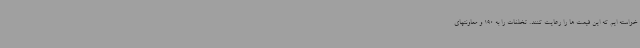
خواسته ایم که این قیمت ها را رعایت کنند. تخلفات را به 190 و معاونتهای